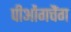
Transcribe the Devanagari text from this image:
पीओंगचैंग